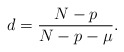
\begin{align*}d=\frac{N-p}{N-p-\mu}.\end{align*}